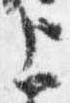
上